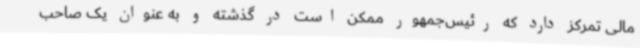
مالی تمرکز دارد که رئیس‌جمهور ممکن است در گذشته و به عنوان یک صاحب